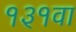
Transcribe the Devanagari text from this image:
१३१वा